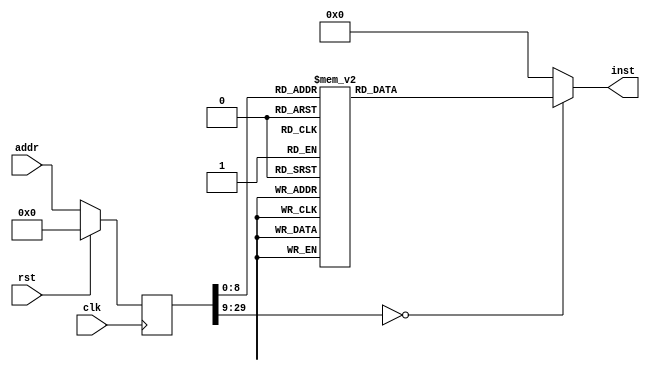
module app(input clk, input rst, input [29:0] addr, output reg [31:0] inst);
reg [29:0] addr_r;
always @(posedge clk)
begin
addr_r <= (rst) ? (30'b0) : (addr);
end
always @(*)
begin
case(addr_r)
30'h00000000: inst = 32'h3c1d1000;
30'h00000001: inst = 32'h0c000003;
30'h00000002: inst = 32'h37bdf000;
30'h00000003: inst = 32'h27bdffc8;
30'h00000004: inst = 32'hafbf0030;
30'h00000005: inst = 32'hafb00028;
30'h00000006: inst = 32'hafa00020;
30'h00000007: inst = 32'h3c091fff;
30'h00000008: inst = 32'had200004;
30'h00000009: inst = 32'had200008;
30'h0000000a: inst = 32'had200020;
30'h0000000b: inst = 32'h24080001;
30'h0000000c: inst = 32'had280024;
30'h0000000d: inst = 32'had200028;
30'h0000000e: inst = 32'had20002c;
30'h0000000f: inst = 32'had200000;
30'h00000010: inst = 32'h3c0802fa;
30'h00000011: inst = 32'h3508f080;
30'h00000012: inst = 32'h40885800;
30'h00000013: inst = 32'h40804800;
30'h00000014: inst = 32'h2404000a;
30'h00000015: inst = 32'h0c000099;
30'h00000016: inst = 32'h00000000;
30'h00000017: inst = 32'h3c08ffff;
30'h00000018: inst = 32'h3508ffff;
30'h00000019: inst = 32'h40806800;
30'h0000001a: inst = 32'h40886000;
30'h0000001b: inst = 32'h3c021fff;
30'h0000001c: inst = 32'h34420020;
30'h0000001d: inst = 32'h8c420000;
30'h0000001e: inst = 32'h00000000;
30'h0000001f: inst = 32'h24030055;
30'h00000020: inst = 32'h0062182a;
30'h00000021: inst = 32'h14600016;
30'h00000022: inst = 32'h00000000;
30'h00000023: inst = 32'h24030052;
30'h00000024: inst = 32'h1443fff6;
30'h00000025: inst = 32'h00000000;
30'h00000026: inst = 32'h3c028000;
30'h00000027: inst = 32'h34420018;
30'h00000028: inst = 32'hac400000;
30'h00000029: inst = 32'hafa00024;
30'h0000002a: inst = 32'h3c0205f5;
30'h0000002b: inst = 32'h3442e0ff;
30'h0000002c: inst = 32'h8fa30024;
30'h0000002d: inst = 32'h00000000;
30'h0000002e: inst = 32'h0043102b;
30'h0000002f: inst = 32'h14400041;
30'h00000030: inst = 32'h00000000;
30'h00000031: inst = 32'h8fa40024;
30'h00000032: inst = 32'h00000000;
30'h00000033: inst = 32'h0c0000ca;
30'h00000034: inst = 32'h00000000;
30'h00000035: inst = 32'hafa20024;
30'h00000036: inst = 32'h0800002a;
30'h00000037: inst = 32'h00000000;
30'h00000038: inst = 32'h24030063;
30'h00000039: inst = 32'h0062182a;
30'h0000003a: inst = 32'h1460001c;
30'h0000003b: inst = 32'h00000000;
30'h0000003c: inst = 32'h24030056;
30'h0000003d: inst = 32'h1443ffdd;
30'h0000003e: inst = 32'h00000000;
30'h0000003f: inst = 32'h3c028000;
30'h00000040: inst = 32'h3c031fff;
30'h00000041: inst = 32'h34420018;
30'h00000042: inst = 32'h34630030;
30'h00000043: inst = 32'hac400000;
30'h00000044: inst = 32'hac600000;
30'h00000045: inst = 32'h3c021fff;
30'h00000046: inst = 32'h3c0305f5;
30'h00000047: inst = 32'h34420030;
30'h00000048: inst = 32'h3463e0ff;
30'h00000049: inst = 32'h8c420000;
30'h0000004a: inst = 32'h00000000;
30'h0000004b: inst = 32'h0062102b;
30'h0000004c: inst = 32'h14400030;
30'h0000004d: inst = 32'h00000000;
30'h0000004e: inst = 32'h3c021fff;
30'h0000004f: inst = 32'h34500030;
30'h00000050: inst = 32'h8e040000;
30'h00000051: inst = 32'h00000000;
30'h00000052: inst = 32'h0c00013e;
30'h00000053: inst = 32'h00000000;
30'h00000054: inst = 32'hae020000;
30'h00000055: inst = 32'h08000045;
30'h00000056: inst = 32'h00000000;
30'h00000057: inst = 32'h2443ff9c;
30'h00000058: inst = 32'h2c630002;
30'h00000059: inst = 32'h1460ffc1;
30'h0000005a: inst = 32'h00000000;
30'h0000005b: inst = 32'h24030072;
30'h0000005c: inst = 32'h1043002c;
30'h0000005d: inst = 32'h00000000;
30'h0000005e: inst = 32'h24030076;
30'h0000005f: inst = 32'h1443ffbb;
30'h00000060: inst = 32'h00000000;
30'h00000061: inst = 32'h3c028000;
30'h00000062: inst = 32'h34430018;
30'h00000063: inst = 32'hac600000;
30'h00000064: inst = 32'h34500010;
30'h00000065: inst = 32'h0c000156;
30'h00000066: inst = 32'h00000000;
30'h00000067: inst = 32'h8e050000;
30'h00000068: inst = 32'h00000000;
30'h00000069: inst = 32'h24040076;
30'h0000006a: inst = 32'h0c0000d0;
30'h0000006b: inst = 32'h00000000;
30'h0000006c: inst = 32'h3c0b1fff;
30'h0000006d: inst = 32'h356b0020;
30'h0000006e: inst = 32'had600000;
30'h0000006f: inst = 32'h0800001b;
30'h00000070: inst = 32'h00000000;
30'h00000071: inst = 32'h3c028000;
30'h00000072: inst = 32'h34420010;
30'h00000073: inst = 32'h8c450000;
30'h00000074: inst = 32'h00000000;
30'h00000075: inst = 32'h24040052;
30'h00000076: inst = 32'h0c0000d0;
30'h00000077: inst = 32'h00000000;
30'h00000078: inst = 32'h3c0b1fff;
30'h00000079: inst = 32'h356b0020;
30'h0000007a: inst = 32'had600000;
30'h0000007b: inst = 32'h0800001b;
30'h0000007c: inst = 32'h00000000;
30'h0000007d: inst = 32'h3c028000;
30'h0000007e: inst = 32'h34420010;
30'h0000007f: inst = 32'h8c450000;
30'h00000080: inst = 32'h00000000;
30'h00000081: inst = 32'h24040056;
30'h00000082: inst = 32'h0c0000d0;
30'h00000083: inst = 32'h00000000;
30'h00000084: inst = 32'h3c0b1fff;
30'h00000085: inst = 32'h356b0020;
30'h00000086: inst = 32'had600000;
30'h00000087: inst = 32'h0800001b;
30'h00000088: inst = 32'h00000000;
30'h00000089: inst = 32'h3c028000;
30'h0000008a: inst = 32'h34430018;
30'h0000008b: inst = 32'hac600000;
30'h0000008c: inst = 32'h34500010;
30'h0000008d: inst = 32'h0c000148;
30'h0000008e: inst = 32'h00000000;
30'h0000008f: inst = 32'h8e050000;
30'h00000090: inst = 32'h00000000;
30'h00000091: inst = 32'h24040072;
30'h00000092: inst = 32'h0c0000d0;
30'h00000093: inst = 32'h00000000;
30'h00000094: inst = 32'h3c0b1fff;
30'h00000095: inst = 32'h356b0020;
30'h00000096: inst = 32'had600000;
30'h00000097: inst = 32'h0800001b;
30'h00000098: inst = 32'h00000000;
30'h00000099: inst = 32'h27bdffd0;
30'h0000009a: inst = 32'hafbf002c;
30'h0000009b: inst = 32'ha3a40020;
30'h0000009c: inst = 32'hafa20018;
30'h0000009d: inst = 32'hafaa0014;
30'h0000009e: inst = 32'hafa8000c;
30'h0000009f: inst = 32'hafa90008;
30'h000000a0: inst = 32'hafa40004;
30'h000000a1: inst = 32'hafa20018;
30'h000000a2: inst = 32'h3c098000;
30'h000000a3: inst = 32'h8d290000;
30'h000000a4: inst = 32'h00000000;
30'h000000a5: inst = 32'h1d200017;
30'h000000a6: inst = 32'h00000000;
30'h000000a7: inst = 32'h3c081fff;
30'h000000a8: inst = 32'h8d040004;
30'h000000a9: inst = 32'h00000000;
30'h000000aa: inst = 32'h24840001;
30'h000000ab: inst = 32'h24050014;
30'h000000ac: inst = 32'h0c0001b3;
30'h000000ad: inst = 32'h00000000;
30'h000000ae: inst = 32'h8d090008;
30'h000000af: inst = 32'h00000000;
30'h000000b0: inst = 32'h00405021;
30'h000000b1: inst = 32'h1122000d;
30'h000000b2: inst = 32'h8d040004;
30'h000000b3: inst = 32'h00000000;
30'h000000b4: inst = 32'h2508000c;
30'h000000b5: inst = 32'h00882821;
30'h000000b6: inst = 32'h8fa90004;
30'h000000b7: inst = 32'h00000000;
30'h000000b8: inst = 32'ha0a90000;
30'h000000b9: inst = 32'h01402021;
30'h000000ba: inst = 32'h3c081fff;
30'h000000bb: inst = 32'had040004;
30'h000000bc: inst = 32'h080000bf;
30'h000000bd: inst = 32'h3c098000;
30'h000000be: inst = 32'had240008;
30'h000000bf: inst = 32'h8fa20018;
30'h000000c0: inst = 32'h8faa0014;
30'h000000c1: inst = 32'h8fa8000c;
30'h000000c2: inst = 32'h8fa90008;
30'h000000c3: inst = 32'h8fa40004;
30'h000000c4: inst = 32'h00000000;
30'h000000c5: inst = 32'h8fbf002c;
30'h000000c6: inst = 32'h00000000;
30'h000000c7: inst = 32'h27bd0030;
30'h000000c8: inst = 32'h03e00008;
30'h000000c9: inst = 32'h00000000;
30'h000000ca: inst = 32'h27bdffe8;
30'h000000cb: inst = 32'hafa40010;
30'h000000cc: inst = 32'h24820001;
30'h000000cd: inst = 32'h27bd0018;
30'h000000ce: inst = 32'h03e00008;
30'h000000cf: inst = 32'h00000000;
30'h000000d0: inst = 32'h27bdffc0;
30'h000000d1: inst = 32'hafbf0038;
30'h000000d2: inst = 32'hafb00030;
30'h000000d3: inst = 32'ha3a40020;
30'h000000d4: inst = 32'hafa50024;
30'h000000d5: inst = 32'h2404000d;
30'h000000d6: inst = 32'h0c000099;
30'h000000d7: inst = 32'h00000000;
30'h000000d8: inst = 32'h2404000a;
30'h000000d9: inst = 32'h0c000099;
30'h000000da: inst = 32'h00000000;
30'h000000db: inst = 32'h83a40020;
30'h000000dc: inst = 32'h00000000;
30'h000000dd: inst = 32'h0c000099;
30'h000000de: inst = 32'h00000000;
30'h000000df: inst = 32'h2404003a;
30'h000000e0: inst = 32'h0c000099;
30'h000000e1: inst = 32'h00000000;
30'h000000e2: inst = 32'h3c023b9a;
30'h000000e3: inst = 32'h24040020;
30'h000000e4: inst = 32'h3450ca00;
30'h000000e5: inst = 32'h0c000099;
30'h000000e6: inst = 32'h00000000;
30'h000000e7: inst = 32'hafb00028;
30'h000000e8: inst = 32'h8fa20028;
30'h000000e9: inst = 32'h00000000;
30'h000000ea: inst = 32'h10400030;
30'h000000eb: inst = 32'h00000000;
30'h000000ec: inst = 32'h3c0205f5;
30'h000000ed: inst = 32'h8fa30028;
30'h000000ee: inst = 32'h00000000;
30'h000000ef: inst = 32'h3442e100;
30'h000000f0: inst = 32'h1062000c;
30'h000000f1: inst = 32'h00000000;
30'h000000f2: inst = 32'h3c020001;
30'h000000f3: inst = 32'h8fa30028;
30'h000000f4: inst = 32'h00000000;
30'h000000f5: inst = 32'h344286a0;
30'h000000f6: inst = 32'h10620006;
30'h000000f7: inst = 32'h00000000;
30'h000000f8: inst = 32'h8fa20028;
30'h000000f9: inst = 32'h00000000;
30'h000000fa: inst = 32'h24030064;
30'h000000fb: inst = 32'h14430004;
30'h000000fc: inst = 32'h00000000;
30'h000000fd: inst = 32'h2404002c;
30'h000000fe: inst = 32'h0c000099;
30'h000000ff: inst = 32'h00000000;
30'h00000100: inst = 32'h8fa40024;
30'h00000101: inst = 32'h00000000;
30'h00000102: inst = 32'h8fa50028;
30'h00000103: inst = 32'h00000000;
30'h00000104: inst = 32'h0c00016b;
30'h00000105: inst = 32'h00000000;
30'h00000106: inst = 32'h24420030;
30'h00000107: inst = 32'ha3a2002c;
30'h00000108: inst = 32'h83a4002c;
30'h00000109: inst = 32'h00000000;
30'h0000010a: inst = 32'h0c000099;
30'h0000010b: inst = 32'h00000000;
30'h0000010c: inst = 32'h8fa40024;
30'h0000010d: inst = 32'h00000000;
30'h0000010e: inst = 32'h8fa50028;
30'h0000010f: inst = 32'h00000000;
30'h00000110: inst = 32'h0c000187;
30'h00000111: inst = 32'h00000000;
30'h00000112: inst = 32'hafa20024;
30'h00000113: inst = 32'h8fa40028;
30'h00000114: inst = 32'h00000000;
30'h00000115: inst = 32'h2405000a;
30'h00000116: inst = 32'h0c00016b;
30'h00000117: inst = 32'h00000000;
30'h00000118: inst = 32'hafa20028;
30'h00000119: inst = 32'h080000e8;
30'h0000011a: inst = 32'h00000000;
30'h0000011b: inst = 32'h24040020;
30'h0000011c: inst = 32'h0c000099;
30'h0000011d: inst = 32'h00000000;
30'h0000011e: inst = 32'h24100043;
30'h0000011f: inst = 32'h00102021;
30'h00000120: inst = 32'h0c000099;
30'h00000121: inst = 32'h00000000;
30'h00000122: inst = 32'h24040059;
30'h00000123: inst = 32'h0c000099;
30'h00000124: inst = 32'h00000000;
30'h00000125: inst = 32'h00102021;
30'h00000126: inst = 32'h0c000099;
30'h00000127: inst = 32'h00000000;
30'h00000128: inst = 32'h2404004c;
30'h00000129: inst = 32'h0c000099;
30'h0000012a: inst = 32'h00000000;
30'h0000012b: inst = 32'h24040045;
30'h0000012c: inst = 32'h0c000099;
30'h0000012d: inst = 32'h00000000;
30'h0000012e: inst = 32'h24040053;
30'h0000012f: inst = 32'h0c000099;
30'h00000130: inst = 32'h00000000;
30'h00000131: inst = 32'h2404000d;
30'h00000132: inst = 32'h0c000099;
30'h00000133: inst = 32'h00000000;
30'h00000134: inst = 32'h2404000a;
30'h00000135: inst = 32'h0c000099;
30'h00000136: inst = 32'h00000000;
30'h00000137: inst = 32'h8fb00030;
30'h00000138: inst = 32'h00000000;
30'h00000139: inst = 32'h8fbf0038;
30'h0000013a: inst = 32'h00000000;
30'h0000013b: inst = 32'h27bd0040;
30'h0000013c: inst = 32'h03e00008;
30'h0000013d: inst = 32'h00000000;
30'h0000013e: inst = 32'h27bdffe8;
30'h0000013f: inst = 32'h3c021fff;
30'h00000140: inst = 32'h34420030;
30'h00000141: inst = 32'hafa40010;
30'h00000142: inst = 32'h8c420000;
30'h00000143: inst = 32'h00000000;
30'h00000144: inst = 32'h24420001;
30'h00000145: inst = 32'h27bd0018;
30'h00000146: inst = 32'h03e00008;
30'h00000147: inst = 32'h00000000;
30'h00000148: inst = 32'h27bdfff0;
30'h00000149: inst = 32'hafa20000;
30'h0000014a: inst = 32'hafa30004;
30'h0000014b: inst = 32'h3c0305f5;
30'h0000014c: inst = 32'h3463e100;
30'h0000014d: inst = 32'h24020000;
30'h0000014e: inst = 32'h1443ffff;
30'h0000014f: inst = 32'h24420001;
30'h00000150: inst = 32'h8fa20000;
30'h00000151: inst = 32'h8fa30004;
30'h00000152: inst = 32'h00000000;
30'h00000153: inst = 32'h27bd0010;
30'h00000154: inst = 32'h03e00008;
30'h00000155: inst = 32'h00000000;
30'h00000156: inst = 32'h27bdfff0;
30'h00000157: inst = 32'hafa20000;
30'h00000158: inst = 32'hafa30004;
30'h00000159: inst = 32'h3c0305f5;
30'h0000015a: inst = 32'h3463e100;
30'h0000015b: inst = 32'h24020000;
30'h0000015c: inst = 32'h3c0c1fff;
30'h0000015d: inst = 32'h358c0030;
30'h0000015e: inst = 32'h24020000;
30'h0000015f: inst = 32'had820000;
30'h00000160: inst = 32'h8d820000;
30'h00000161: inst = 32'h10430003;
30'h00000162: inst = 32'h24420001;
30'h00000163: inst = 32'h08000160;
30'h00000164: inst = 32'had820000;
30'h00000165: inst = 32'h8fa20000;
30'h00000166: inst = 32'h8fa30004;
30'h00000167: inst = 32'h00000000;
30'h00000168: inst = 32'h27bd0010;
30'h00000169: inst = 32'h03e00008;
30'h0000016a: inst = 32'h00000000;
30'h0000016b: inst = 32'h27bdffe0;
30'h0000016c: inst = 32'hafa40010;
30'h0000016d: inst = 32'hafa50014;
30'h0000016e: inst = 32'hafa00018;
30'h0000016f: inst = 32'h8fa20010;
30'h00000170: inst = 32'h00000000;
30'h00000171: inst = 32'h8fa30014;
30'h00000172: inst = 32'h00000000;
30'h00000173: inst = 32'h0043102b;
30'h00000174: inst = 32'h1440000d;
30'h00000175: inst = 32'h00000000;
30'h00000176: inst = 32'h8fa20018;
30'h00000177: inst = 32'h00000000;
30'h00000178: inst = 32'h24420001;
30'h00000179: inst = 32'hafa20018;
30'h0000017a: inst = 32'h8fa20010;
30'h0000017b: inst = 32'h00000000;
30'h0000017c: inst = 32'h8fa30014;
30'h0000017d: inst = 32'h00000000;
30'h0000017e: inst = 32'h00431023;
30'h0000017f: inst = 32'hafa20010;
30'h00000180: inst = 32'h0800016f;
30'h00000181: inst = 32'h00000000;
30'h00000182: inst = 32'h8fa20018;
30'h00000183: inst = 32'h00000000;
30'h00000184: inst = 32'h27bd0020;
30'h00000185: inst = 32'h03e00008;
30'h00000186: inst = 32'h00000000;
30'h00000187: inst = 32'h27bdffe0;
30'h00000188: inst = 32'hafa40010;
30'h00000189: inst = 32'hafa50014;
30'h0000018a: inst = 32'h8fa20010;
30'h0000018b: inst = 32'h00000000;
30'h0000018c: inst = 32'hafa20018;
30'h0000018d: inst = 32'h8fa20018;
30'h0000018e: inst = 32'h00000000;
30'h0000018f: inst = 32'h8fa30014;
30'h00000190: inst = 32'h00000000;
30'h00000191: inst = 32'h0043102b;
30'h00000192: inst = 32'h14400008;
30'h00000193: inst = 32'h00000000;
30'h00000194: inst = 32'h8fa20018;
30'h00000195: inst = 32'h00000000;
30'h00000196: inst = 32'h8fa30014;
30'h00000197: inst = 32'h00000000;
30'h00000198: inst = 32'h00431023;
30'h00000199: inst = 32'h0800018c;
30'h0000019a: inst = 32'h00000000;
30'h0000019b: inst = 32'h8fa20018;
30'h0000019c: inst = 32'h00000000;
30'h0000019d: inst = 32'h27bd0020;
30'h0000019e: inst = 32'h03e00008;
30'h0000019f: inst = 32'h00000000;
30'h000001a0: inst = 32'h27bdfff0;
30'h000001a1: inst = 32'hafa40000;
30'h000001a2: inst = 32'hafa50008;
30'h000001a3: inst = 32'hafa80004;
30'h000001a4: inst = 32'h24020000;
30'h000001a5: inst = 32'h0085402b;
30'h000001a6: inst = 32'h1d000005;
30'h000001a7: inst = 32'h00000000;
30'h000001a8: inst = 32'h00852023;
30'h000001a9: inst = 32'h24420001;
30'h000001aa: inst = 32'h080001a5;
30'h000001ab: inst = 32'h00000000;
30'h000001ac: inst = 32'h8fa40000;
30'h000001ad: inst = 32'h8fa80004;
30'h000001ae: inst = 32'h8fa50008;
30'h000001af: inst = 32'h00000000;
30'h000001b0: inst = 32'h27bd0010;
30'h000001b1: inst = 32'h03e00008;
30'h000001b2: inst = 32'h00000000;
30'h000001b3: inst = 32'h27bdfff0;
30'h000001b4: inst = 32'hafa40000;
30'h000001b5: inst = 32'hafa50008;
30'h000001b6: inst = 32'hafa80004;
30'h000001b7: inst = 32'h24020000;
30'h000001b8: inst = 32'h24080001;
30'h000001b9: inst = 32'h10a80008;
30'h000001ba: inst = 32'h00000000;
30'h000001bb: inst = 32'h24820000;
30'h000001bc: inst = 32'h0045402b;
30'h000001bd: inst = 32'h1d000004;
30'h000001be: inst = 32'h00000000;
30'h000001bf: inst = 32'h00451023;
30'h000001c0: inst = 32'h080001bc;
30'h000001c1: inst = 32'h00000000;
30'h000001c2: inst = 32'h8fa40000;
30'h000001c3: inst = 32'h8fa50008;
30'h000001c4: inst = 32'h8fa80004;
30'h000001c5: inst = 32'h00000000;
30'h000001c6: inst = 32'h27bd0010;
30'h000001c7: inst = 32'h03e00008;
30'h000001c8: inst = 32'h00000000;
default:      inst = 32'h00000000;
endcase
end
endmodule